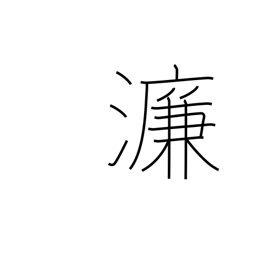
Meaning: name of Chinese river